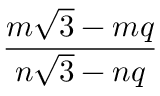
\frac { m { \sqrt { 3 } } - m q } { n { \sqrt { 3 } } - n q }